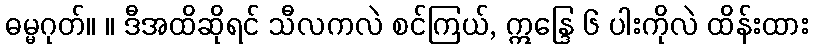
ဓမ္မဂုတ်။ ။ ဒီအထိဆိုရင် သီလကလဲ စင်ကြယ်, ဣန္ဒြေ ၆ ပါးကိုလဲ ထိန်းထား